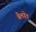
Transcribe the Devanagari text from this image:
बैलग्रेड